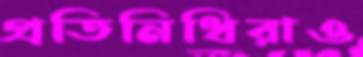
প্রতিনিধিরাও